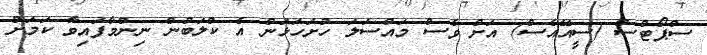
ސްޕޯޓްސް (ސީއޭއެސް) އަށް ވެސް މައްސަލަ ހުށަހަޅަން އެ ކްލަބުން ނިންމާފައިވާ ކަމަށް